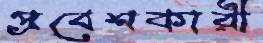
প্রবেশকারী